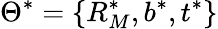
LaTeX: \Theta^{*}=\{ R_{M}^{*},b^{*},t^{*}\}